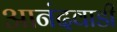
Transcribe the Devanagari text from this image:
आनंदवाडी